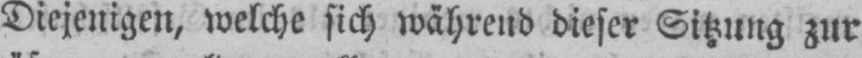
Diejenigen, welche sich während dieser Sitzung zur